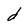
Character: d